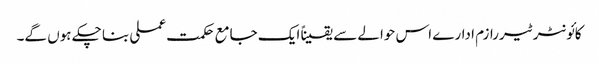
کائونٹر ٹیررازم ادارے اس حوالے سے یقیناً ایک جامع حکمت عملی بنا چکے ہوں گے۔